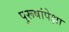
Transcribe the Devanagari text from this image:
पुरूषांपेक्षा